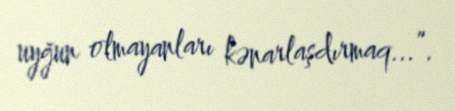
uyğun olmayanları kənarlaşdırmaq...”.